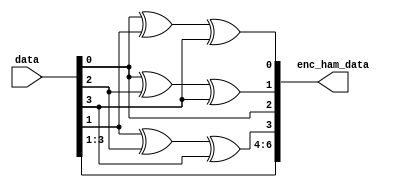
`timescale 1ns/1ps
module ham_encoder(data,enc_ham_data);
  input [3:0]data;
  output [6:0] enc_ham_data;
  
  wire [3:0]data;
  wire [6:0] enc_ham_data;
   
  assign enc_ham_data[0]=data[0]^data[1]^data[3];
  assign enc_ham_data[1]=data[0]^data[2]^data[3];
  assign enc_ham_data[2]=data[0];
  assign enc_ham_data[3]=data[1]^data[2]^data[3];
  assign enc_ham_data[4]=data[1];
  assign enc_ham_data[5]=data[2];
  assign enc_ham_data[6]=data[3];
    
endmodule